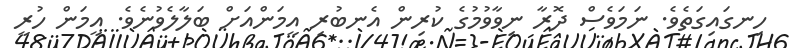
ހިނގައިގަތެވެ. ނަމަވެސް ދޮރާ ނިވާވުމުގެ ކުރިން އެނބުރި އީމަންއަށް ބަލާލެވުނެވެ. އީމަން ހުރީ